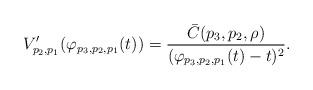
LaTeX: \begin{align*}V'_{p_2,p_1}(\varphi_{p_3,p_2,p_1}(t))=\frac{\bar C(p_3,p_2,\rho)}{(\varphi_{p_3,p_2,p_1}(t)-t)^2}.\end{align*}